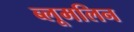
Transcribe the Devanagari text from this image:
ब्लूमलिन